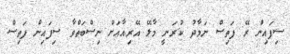
ސިފައިން ރޭ ފަތިސް ނަމާދު ކުރަނީ މާލޭ އޭރިއާއަށް ނިސްބަތްވާ ސިފައިން ފަތިސް